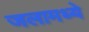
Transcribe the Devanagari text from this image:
जलामध्ये